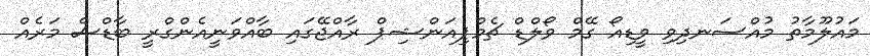
މައުލޫމާތު މުއްސަނދިވި ވީޑިއޯ ގޭމް ވޯލްޑް ޗެމްޕިއަންޝިޕް ރާއްޖޭގައި ބާއްވަނީއެންގްރީ ބާޑްސް މަރެއް